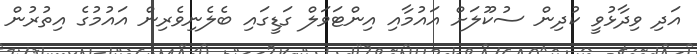
އަދި ވިދާޅުވީ ކުދިން ސުކޫލަށް އައުމާއި އިންޓަވަލް ގަޑީގައި ބެލެނިވެރިން އައުމުގެ އިތުރުން